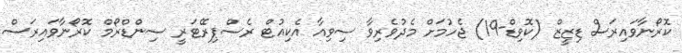
ކޮރޯނާވައިރަސް ޑިޒީޒް (ކޮވިޑް-19) ޖެހުމަށް މެދުވެރިވާ ސިވިއާ އެކިއުޓް ރެސްޕިރޭޓަރީ ސިންޑްރޯމް ކޮރޯނާވައިރަސް